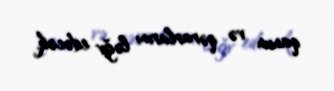
qanun və qərarlarını ləğv edəcək.